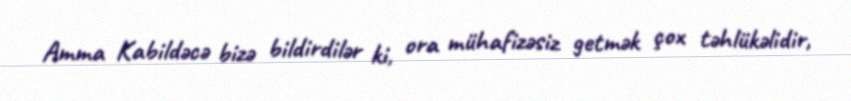
Amma Kabildəcə bizə bildirdilər ki, ora mühafizəsiz getmək çox təhlükəlidir,